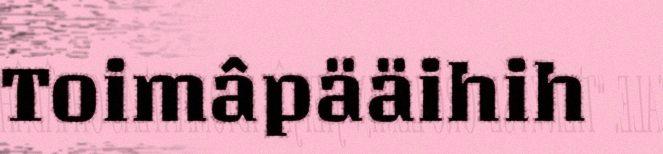
Toimâpääihih